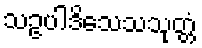
သဥပါဒိသေသသုတ္တံ